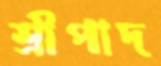
শ্রীপাদ